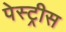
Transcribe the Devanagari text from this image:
पेस्ट्रीस